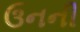
ઉનની